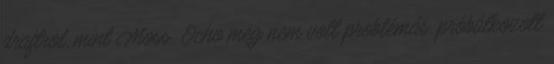
draftról, mint Moss. Ocho meg nem volt problémás, próbálkozott